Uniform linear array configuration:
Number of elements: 32
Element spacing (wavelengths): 1
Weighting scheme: blackman
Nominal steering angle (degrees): -15
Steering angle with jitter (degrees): -14.905
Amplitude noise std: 0.05
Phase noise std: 0.05

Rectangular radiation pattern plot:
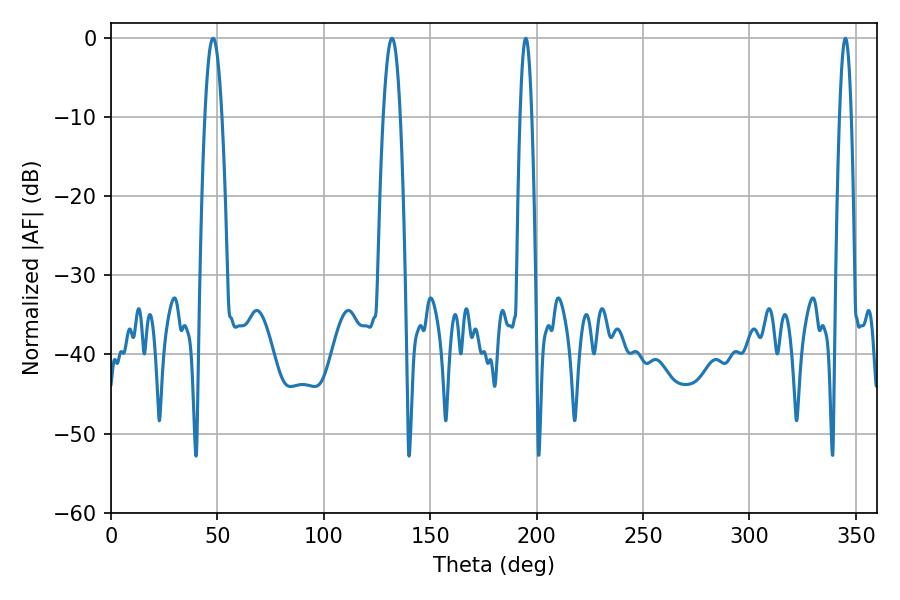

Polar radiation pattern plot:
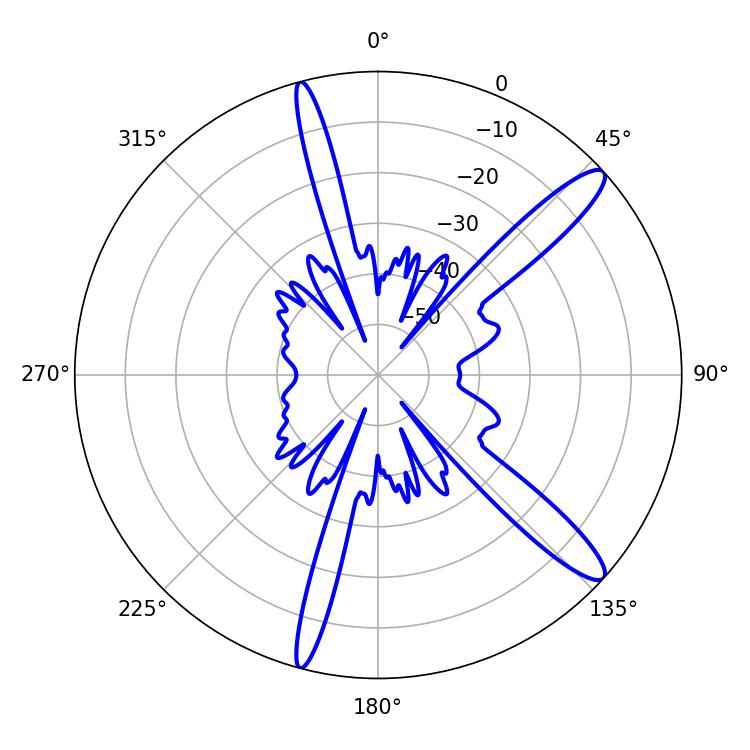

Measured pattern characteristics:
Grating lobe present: TRUE
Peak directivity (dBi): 13.268
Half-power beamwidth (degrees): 2.88
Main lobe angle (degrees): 345.06